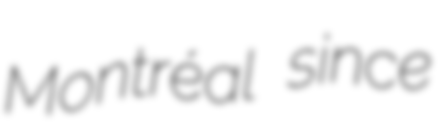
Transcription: Montréal since